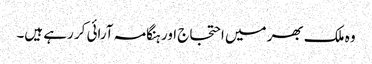
وہ ملک بھر میں احتجاج اور ہنگامہ آرائی کر رہے ہیں۔